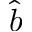
\hat { b }